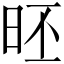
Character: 𣆏